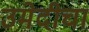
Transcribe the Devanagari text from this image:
उमेदीचा